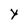
Character: Y